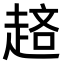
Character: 𧼁